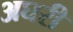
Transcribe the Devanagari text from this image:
अघरी